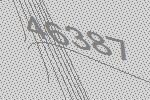
46387